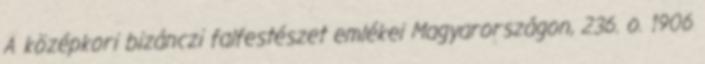
A középkori bizánczi falfestészet emlékei Magyarországon, 236. o. 1906